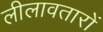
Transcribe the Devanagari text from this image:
लीलावतारों